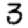
Digit: 3